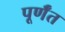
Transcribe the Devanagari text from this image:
पूर्णँत